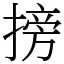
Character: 搒